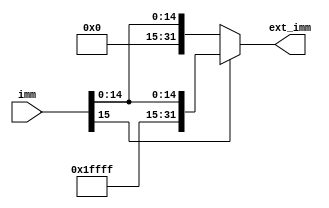
`timescale 1ns / 1ps
//////////////////////////////////////////////////////////////////////////////////
// Company: 
// Engineer: 
// 
// Design Name: 
// Module Name: extend
// Project Name: 
// Target Devices: 
// Tool Versions: 
// Description: 
// 
// Dependencies: 
// 
// Revision:
// Revision 0.01 - File Created
// Additional Comments:
// 
//////////////////////////////////////////////////////////////////////////////////


module extend(      //l
    input [15:0] imm,
    output reg [31:0] ext_imm
    );
always @(*) begin
    if (imm[15] == 1) // 1
        ext_imm = {16'b1111111111111111, imm}; // 132
    else // 0
        ext_imm = {16'b0000000000000000, imm}; // 032
end
endmodule